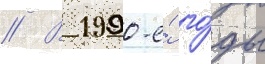
// В 1990-е́ го́ды